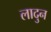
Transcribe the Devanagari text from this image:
लादुन